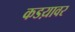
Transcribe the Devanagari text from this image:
कडय़ावर